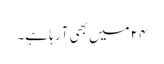
۲۴ میں بھی آ رہا ہے۔